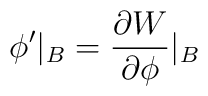
\phi'\vert_B=\frac{\partial W}{\partial\phi}\vert_B